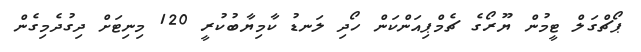
ޕޯޗްގަލް ޓީމުން ޔޫރޯގެ ޗެމްޕިއަންކަން ހޯދި ލަނޑު ކާމިޔާބުކުރީ 120 މިނިޓަށް ދިގުދެމިގެން